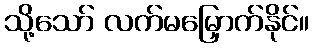
သို့သော် လက်မမြှောက်နိုင်။